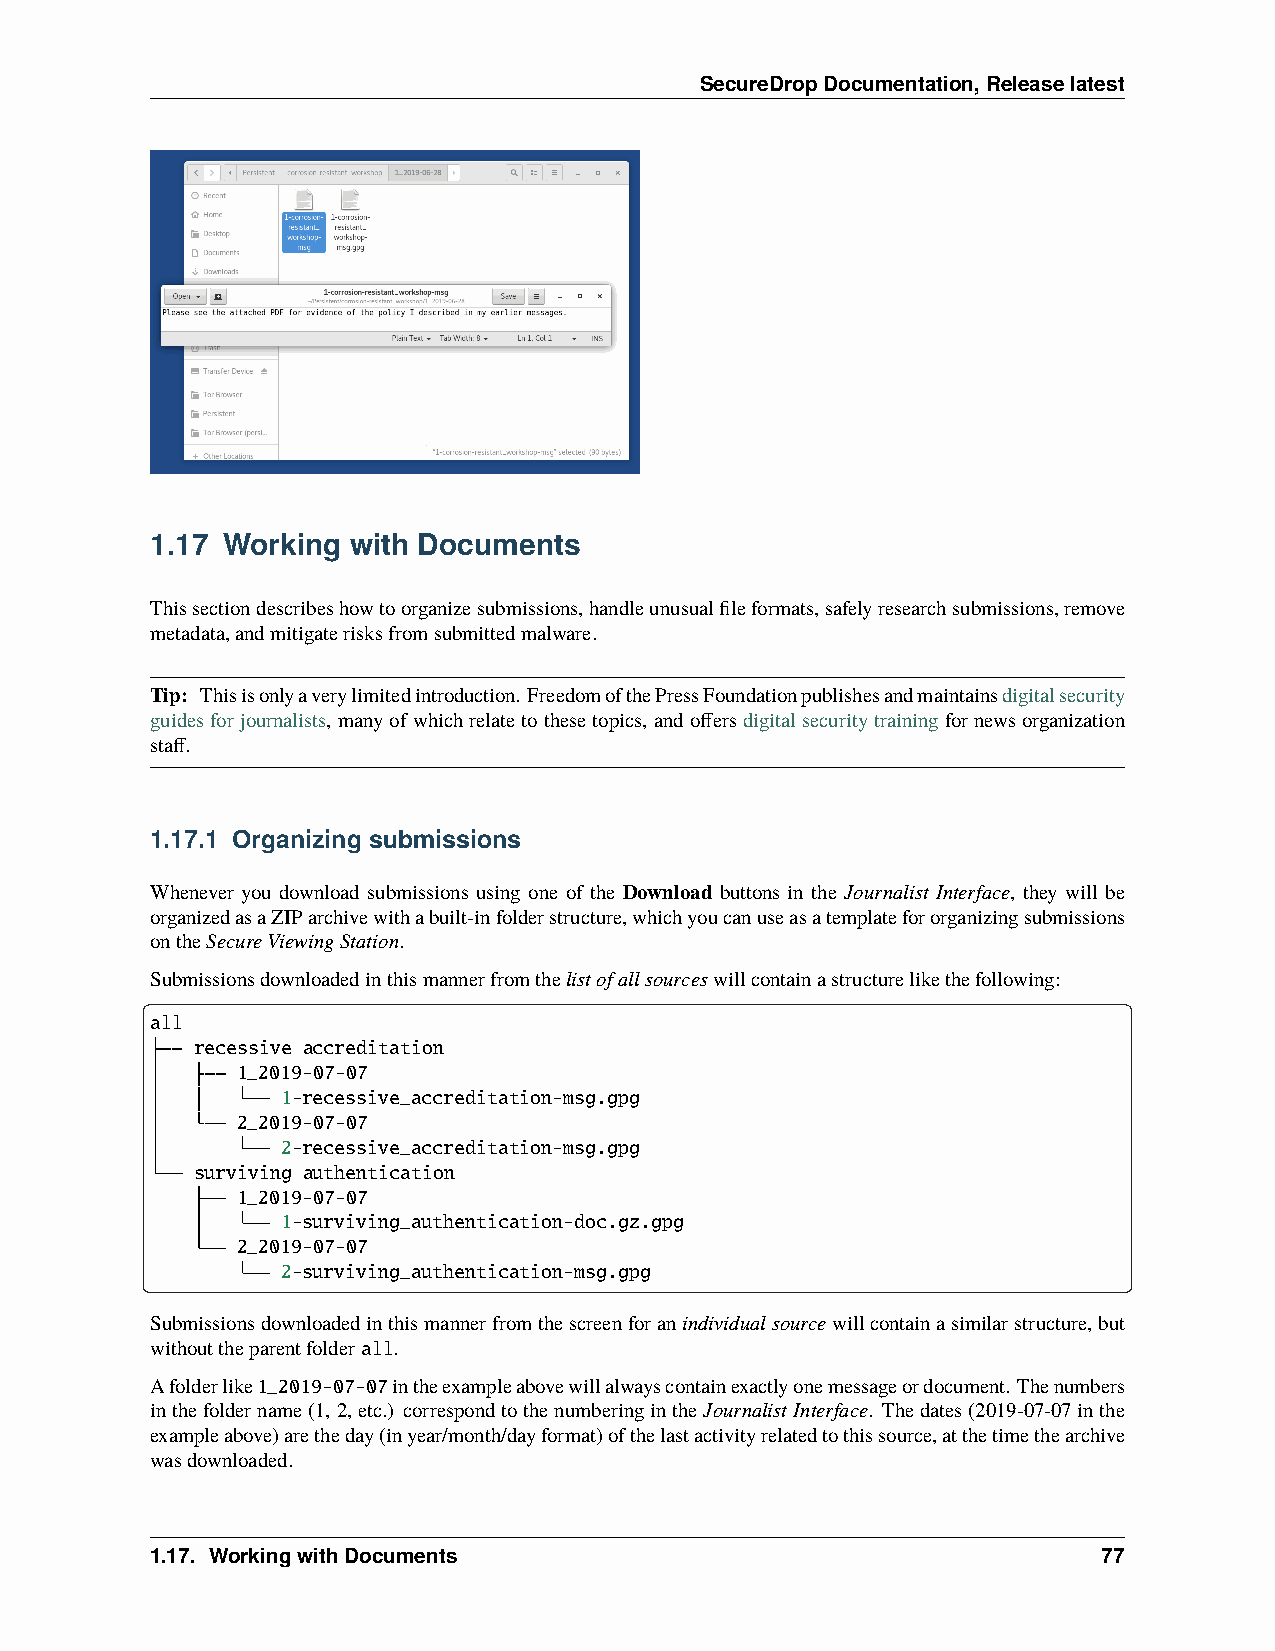
SecureDropDocumentation,Releaselatest
 1.17 Working with Documents
 Thissectiondescribeshowtoorganizesubmissions,handleunusualfileformats,safelyresearchsubmissions,remove
 metadata,andmitigaterisksfromsubmittedmalware.
 Tip: Thisisonlyaverylimitedintroduction. FreedomofthePressFoundationpublishesandmaintainsdigitalsecurity
 guidesforjournalists, manyofwhichrelatetothesetopics, andoffersdigitalsecuritytrainingfornewsorganization
 staff.
 1.17.1 Organizing submissions
 Whenever you download submissions using one of the Download buttons in the Journalist Interface, they will be
 organizedasaZIParchivewithabuilt-infolderstructure,whichyoucanuseasatemplatefororganizingsubmissions
 ontheSecureViewingStation.
 Submissionsdownloadedinthismannerfromthelistofallsourceswillcontainastructurelikethefollowing:
 all
 recessive accreditation
 1_2019-07-07
 1-recessive_accreditation-msg.gpg
 2_2019-07-07
 2-recessive_accreditation-msg.gpg
 surviving authentication
 1_2019-07-07
 1-surviving_authentication-doc.gz.gpg
 2_2019-07-07
 2-surviving_authentication-msg.gpg
 Submissionsdownloadedinthismannerfromthescreenforanindividualsourcewillcontainasimilarstructure,but
 withouttheparentfolderall.
 Afolderlike1_2019-07-07intheexampleabovewillalwayscontainexactlyonemessageordocument. Thenumbers
 inthefoldername(1,2,etc.) correspondtothenumberingintheJournalistInterface. Thedates(2019-07-07inthe
 exampleabove)aretheday(inyear/month/dayformat)ofthelastactivityrelatedtothissource,atthetimethearchive
 wasdownloaded.
 1.17. WorkingwithDocuments                                     77